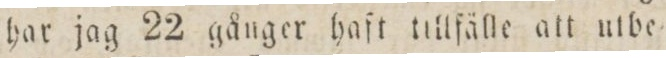
har jag 22 gånger haft tillfälle att utbe=